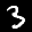
Label: 3